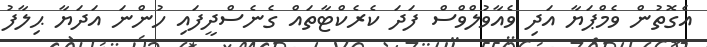
އެގޮތުން ވެމްޕަޔާ އަދި ވެއާވުލްވްސް ފަދަ ކެރެކްޓާތައް ގެނެސްދީފައި ހުންނަ އަދަޔާ ޙިލާފު